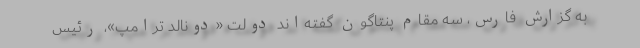
به گزارش فارس، سه مقام پنتاگون گفته‌اند دولت «دونالد ترامپ»، رئیس